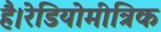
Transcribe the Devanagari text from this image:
है।रेडियोमीत्रिक